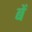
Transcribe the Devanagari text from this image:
बें